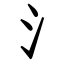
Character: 氵